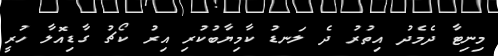
މިނިޓާ ދެމެދު އިތުރު ދެ ލަނޑު ކާމިޔާބުކުރި އިރު ކޯޗު ގާޑިއޮލާ ހުރީ